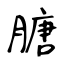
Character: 膅